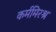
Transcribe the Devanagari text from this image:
कर्ममिरश्र